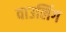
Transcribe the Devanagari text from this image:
वाउलिंग